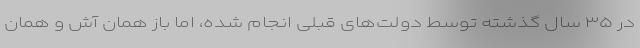
در ۳۵ سال گذشته توسط دولت‌های قبلی انجام شده، اما باز همان آش و همان